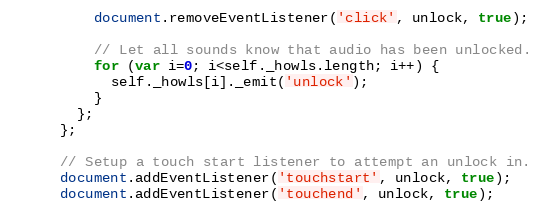
Language: JavaScript
          document.removeEventListener('click', unlock, true);

          // Let all sounds know that audio has been unlocked.
          for (var i=0; i<self._howls.length; i++) {
            self._howls[i]._emit('unlock');
          }
        };
      };

      // Setup a touch start listener to attempt an unlock in.
      document.addEventListener('touchstart', unlock, true);
      document.addEventListener('touchend', unlock, true);